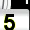
Digit: 5